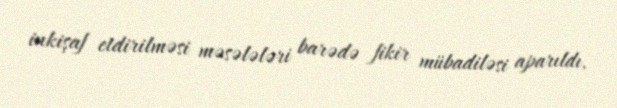
inkişaf etdirilməsi məsələləri barədə fikir mübadiləsi aparıldı.